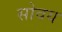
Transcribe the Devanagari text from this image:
सोवय